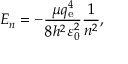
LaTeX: E _ { n } = - { \frac { \mu q _ { \mathrm { e } } ^ { 4 } } { 8 h ^ { 2 } \varepsilon _ { 0 } ^ { 2 } } } { \frac { 1 } { n ^ { 2 } } } ,